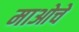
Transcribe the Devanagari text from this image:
माओचे